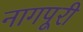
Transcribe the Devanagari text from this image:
नागपूरी